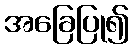
အခြေပြု၍